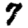
Digit: 7